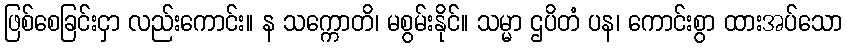
ဖြစ်စေခြင်းငှာ လည်းကောင်း။ န သက္ကောတိ၊ မစွမ်းနိုင်။ သမ္မာ ဌပိတံ ပန၊ ကောင်းစွာ ထားအပ်သော